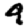
Digit: 9